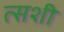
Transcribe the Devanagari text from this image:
त्सशी